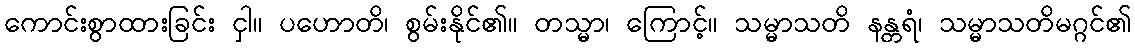
ကောင်းစွာထားခြင်း ငှါ။ ပဟောတိ၊ စွမ်းနိုင်၏။ တသ္မာ၊ ကြောင့်။ သမ္မာသတိ နန္တရံ၊ သမ္မာသတိမဂ္ဂင်၏